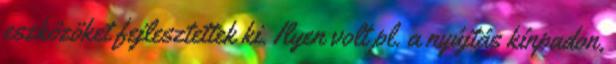
eszközöket fejlesztettek ki. Ilyen volt pl. a nyújtás kínpadon,